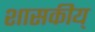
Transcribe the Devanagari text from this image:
शासकीय्